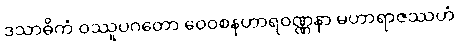
ဒသာဓိကံ ဝဿူပဂတော ဝေဝစနဟာရဝဏ္ဏနာ မဟာရာဇဿဟံ